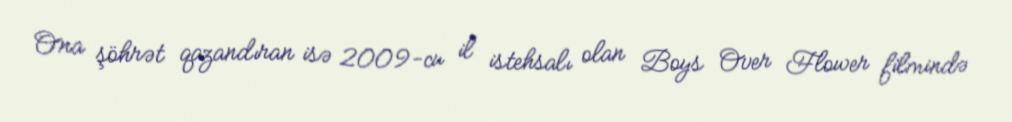
Ona şöhrət qazandıran isə 2009-cu il istehsalı olan Boys Over Flower filmində